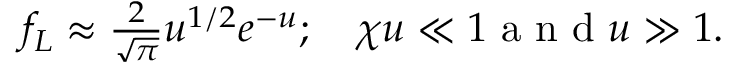
\begin{array} { r } { f _ { L } \approx \frac { 2 } { \sqrt { \pi } } u ^ { 1 / 2 } e ^ { - u } ; \quad \chi u \ll 1 \mathrm { ~ a ~ n ~ d ~ } u \gg 1 . } \end{array}